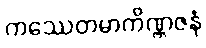
ကဿေတမာကိဏ္ဏဇနံ